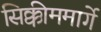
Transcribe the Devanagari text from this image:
सिक्कीममार्गे